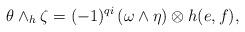
LaTeX: \begin{align*}\theta\wedge_h\zeta=(-1)^{qi}\left(\omega\wedge\eta\right)\otimes h(e,f),\end{align*}